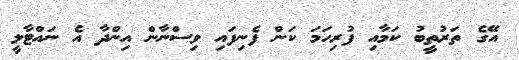
އޭގެ ތަރުތީބު ކަމާއި ފުރިހަމަ ކަން ފެނިފައި ވިސްނާން އިންދާ އެ ނައްޓާލީ